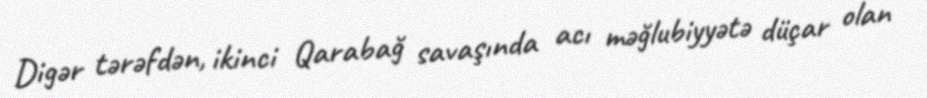
Digər tərəfdən, ikinci Qarabağ savaşında acı məğlubiyyətə düçar olan